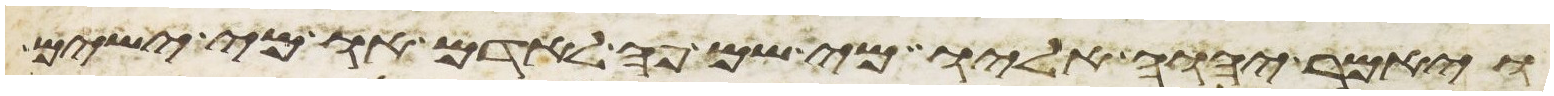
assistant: ויאמר יהוה אליו מי שם פה לאדם או מי ישים